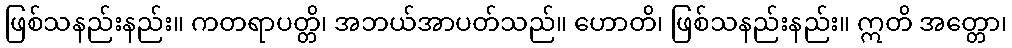
ဖြစ်သနည်းနည်း။ ကတရာပတ္တိ၊ အဘယ်အာပတ်သည်။ ဟောတိ၊ ဖြစ်သနည်းနည်း။ ဣတိ အတ္တော၊